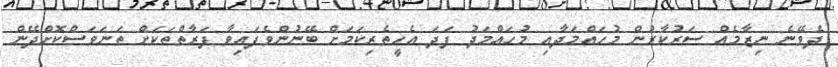
ދެވޭނެ ނިޒާމެއް ސަރުކާރުން މުހައްމަދާއި މުހައްމަދު ފަދަ އެހީތެރިކަމަށް ބޭނުންވެފައިވާ ފަރާތްތަކަށް ތަނަވަސްކޮށްދޭން